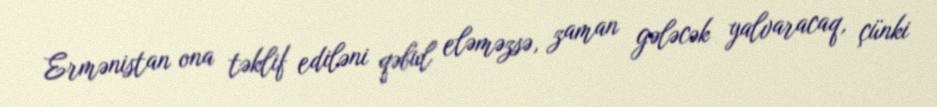
Ermənistan ona təklif ediləni qəbul eləməzsə, zaman gələcək yalvaracaq, çünki